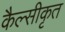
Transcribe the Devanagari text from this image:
कैल्सीकृत